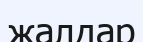
жалдар